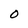
Character: O